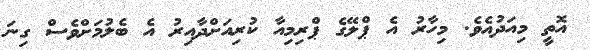
އޮތީ މިއަދުއެވެ. މިހާރު އެ ޕްލޭގެ ޕްރިމިއާ ކުރިއަށްދާއިރު އެ ބެލުމަށްވެސް ގިނަ